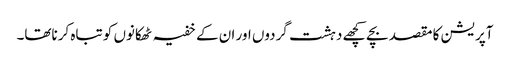
آپریشن کا مقصد بچے کچھے دہشت گردوں اور ان کے خفیہ ٹھکانوں کو تباہ کرناتھا۔